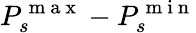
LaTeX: P_{s}^{\mathrm{~m~a~x~}}-P_{s}^{\mathrm{~m~i~n~}}